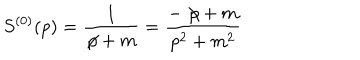
LaTeX: S ^ { ( 0 ) } ( p ) = \frac { 1 } { \not { \! p } + m } = \frac { - \not { \! p } + m } { p ^ { 2 } + m ^ { 2 } }